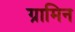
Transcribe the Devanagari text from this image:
ग्रामिन